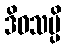
ဒိဝသမ္ပိ